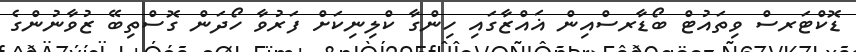
ޑޮކްޓަރސް ވިތައުޓް ބޯޑާރސްއިން ޣައްޒާގައި ހިންގާ ކްލިނިކަށް ފަރުވާ ހޯދަން ގޮސްތިބޭ ޒުވާނުންގެ